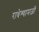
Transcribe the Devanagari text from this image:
राधेश्यामजी